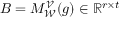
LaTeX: B = M _ { \mathcal { W } } ^ { \mathcal { V } } ( g ) \in \mathbb { R } ^ { r \times t }